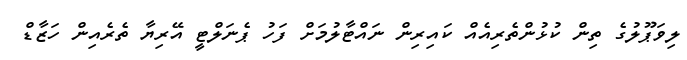
ލިވަޕޫލުގެ ތިން ކުޅުންތެރިއެއް ކައިރިން ނައްޓާލުމަށް ފަހު ޕެނަލްޓީ އޭރިޔާ ތެރެއިން ހަޒާޑް